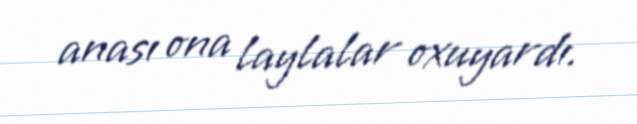
anası ona laylalar oxuyardı.